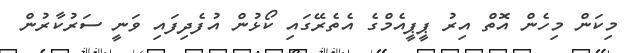
މިކަން މިހެން އޮތް އިރު ޕީޕީއެމްގެ އެތެރޭގައި ކޯޅުން އުފެދިފައި ވަނީ ސަރުކާރުން